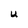
Character: U